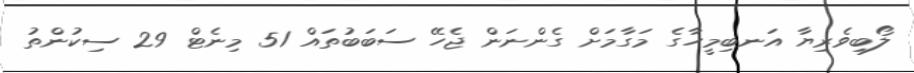
ލޯބިވެރިޔާ އަނބިމީހާގެ މަގާމަށް ގެންނަން ޖެހޭ ސަބަބުތައް 51 މިނެޓް 29 ސިކުންތު